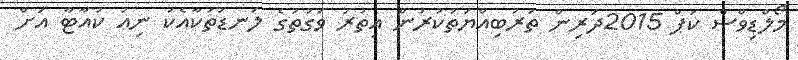
މޯލްޑިވްސް ކަޕް 2015ދަރިން ތަރުބިއްޔަތުކުރުން އިތުރު ވަގުތުގެ ލަނޑުތަކާއެކު ނިއު ކުއާޓާ އަށް